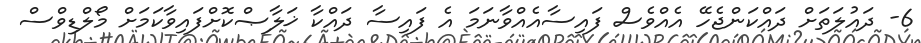
6- ދައުލަތަށް ދައްކަންޖެހޭ އެއްވެސް ފައިސާއެއްވާނަމަ އެ ފައިސާ ދައްކާ ޚަލާޞްކޮށްފައިވާކަމަށް މޯލްޑިވްސް